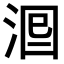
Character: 𣴵